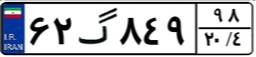
۶۲گ۸۴۹۹۸